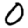
Digit: 0